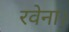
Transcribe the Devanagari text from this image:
रवेना।